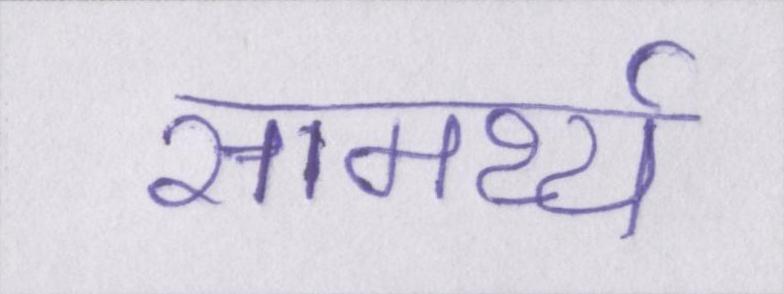
सामर्थ्य